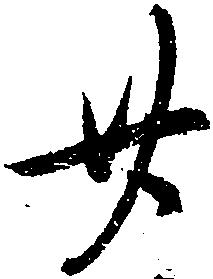
廿